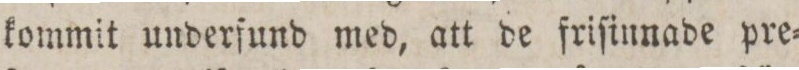
kommit underfund med, att de friſinnade pre=